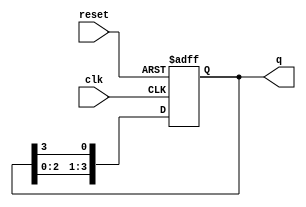
module bistable_ring_counter #(
    parameter N = 4  // Number of flip-flops
)(
    input wire clk,      // Clock signal
    input wire reset,    // Reset signal
    output reg [N-1:0] q // Output state of the counter
);

// Sequential logic for the ring counter
always @(posedge clk or posedge reset) begin
    if (reset) begin
        // Initialize the counter to the first state
        q <= 1'b1; // Set the first flip-flop to '1'
    end else begin
        // Shift the '1' state to the next flip-flop
        q <= {q[N-2:0], q[N-1]}; // Shift left and wrap around
    end
end

endmodule